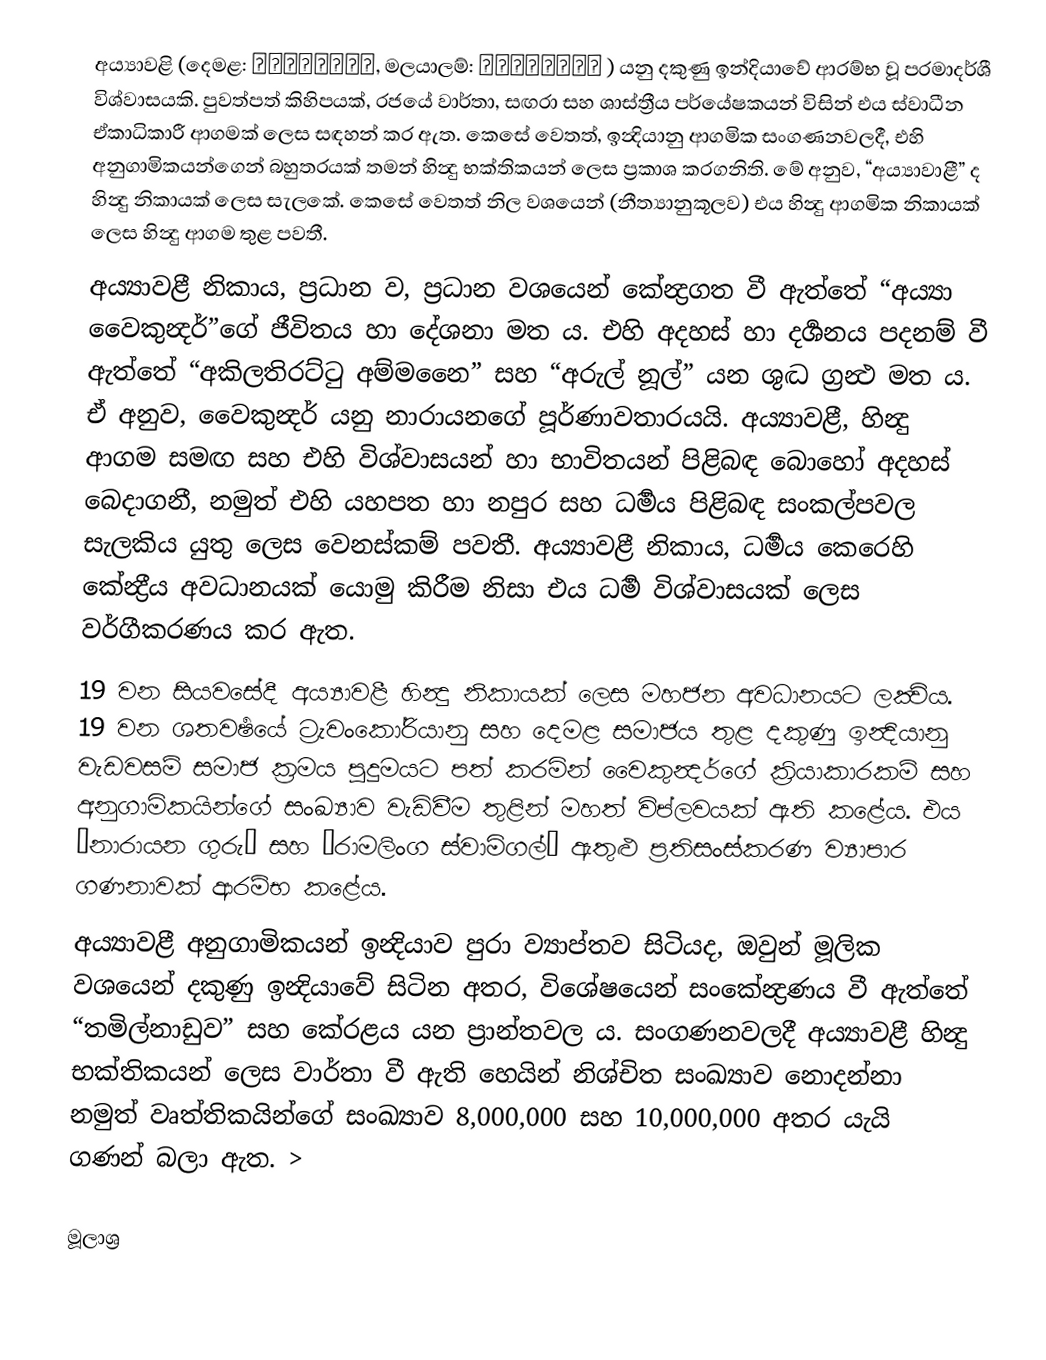
අය්‍යාවළි (දෙමළ: அய்யாவழி, මලයාලම්: അയ്യാവഴി  ) යනු දකුණු ඉන්දියාවේ ආරම්භ වූ පරමාදර්ශී විශ්වාසයකි.  පුවත්පත් කිහිපයක්, රජයේ වාර්තා, සඟරා සහ ශාස්ත්‍රීය පර්යේෂකයන් විසින් එය ස්වාධීන ඒකාධිකාරී ආගමක්  ලෙස සඳහන් කර ඇත. කෙසේ වෙතත්, ඉන්‍දියානු ආගමික සංගණනවලදී, එහි අනුගාමිකයන්ගෙන් බහුතරයක් තමන් හින්‍දු භක්තිකයන් ලෙස ප්‍රකාශ කරගනිති. මේ අනුව, “අය්‍යාවාළී” ද හින්‍දු නිකායක් ලෙස සැලකේ. කෙසේ වෙතත් නිල වශයෙන් (නීත්‍යානුකූලව) එය හින්‍දු ආගමික නිකායක් ලෙස හින්‍දු ආගම තුළ පවතී.
අය්‍යාවළී නිකාය, ප්‍රධාන ව, ප්‍රධාන වශයෙන් කේන්‍ද්‍රගත වී ඇත්තේ “අය්‍යා වෛකුන්‍දර්”ගේ ජීවිතය හා දේශනා මත ය. එහි අදහස් හා දර්‍ශනය පදනම් වී ඇත්තේ “අකිලතිරට්ටු අම්මනෛ” සහ “අරුල් නූල්” යන ශුද්‍ධ ග්‍රන්‍ථ මත ය. ඒ අනුව, වෛකුන්‍දර් යනු නාරායනගේ පූර්ණාවතාරයයි.   අය්‍යාවළී, හින්‍දු ආගම සමඟ සහ එහි විශ්වාසයන් හා භාවිතයන් පිළිබඳ බොහෝ අදහස් බෙදාගනී, නමුත් එහි යහපත හා නපුර සහ ධර්‍මය පිළිබඳ සංකල්පවල සැලකිය යුතු ලෙස වෙනස්කම් පවතී. අය්‍යාවළී නිකාය, ධර්‍මය කෙරෙහි කේන්‍ද්‍රීය අවධානයක් යොමු කිරීම නිසා එය ධර්‍ම විශ්වාසයක් ලෙස වර්ගීකරණය කර ඇත.
19 වන සියවසේදී අය්‍යාවළී හින්‍දු නිකායක් ලෙස මහජන අවධානයට ලක්‍විය. 19 වන ශතවර්‍ෂයේ ට්‍රැවංකෝරියානු සහ දෙමළ සමාජය තුළ දකුණු ඉන්‍දියානු වැඩවසම් සමාජ ක්‍රමය පුදුමයට පත් කරමින් වෛකුන්‍දර්ගේ ක්‍රියාකාරකම් සහ අනුගාමිකයින්ගේ සංඛ්‍යාව වැඩිවීම තුළින් මහත් විප්ලවයක් ඇති කළේය. එය “නාරායන ගුරු” සහ “රාමලිංග ස්වාමිගල්” ඇතුළු ප්‍රතිසංස්කරණ ව්‍යාපාර ගණනාවක් ආරම්භ කළේය.
අය්‍යාවළී අනුගාමිකයන් ඉන්‍දියාව පුරා ව්‍යාප්තව සිටියද, ඔවුන් මූලික වශයෙන් දකුණු ඉන්‍දියාවේ සිටින අතර, විශේෂයෙන් සංකේන්‍ද්‍රණය වී ඇත්තේ “තමිල්නාඩුව”  සහ කේරළය යන ප්‍රාන්තවල ය. සංගණනවලදී අය්‍යාවළී හින්‍දු භක්තිකයන් ලෙස වාර්තා වී ඇති හෙයින් නිශ්චිත සංඛ්‍යාව නොදන්නා නමුත් වෘත්තිකයින්ගේ සංඛ්‍යාව 8,000,000 සහ 10,000,000 අතර යැයි ගණන් බලා ඇත. >

මූලාශ්‍ර